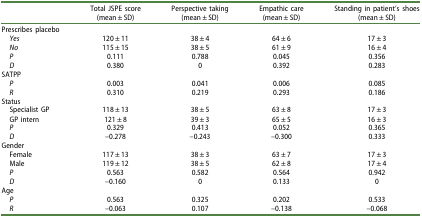
<table><thead><tr><td><b> </b></td><td><b>Total JSPE score(mean ± SD)</b></td><td><b>Perspective taking(mean ± SD)</b></td><td><b>Empathic care(mean ± SD)</b></td><td><b>Standing in patient’s shoes(mean ± SD)</b></td></tr></thead><tbody><tr><td>Prescribes placebo</td><td> </td><td> </td><td> </td><td> </td></tr><tr><td> <i>Yes</i></td><td>120 ± 11</td><td>38 ± 4</td><td>64 ± 6</td><td>17 ± 3</td></tr><tr><td> <i>No</i></td><td>115 ± 15</td><td>38 ± 5</td><td>61 ± 9</td><td>16 ± 4</td></tr><tr><td> <i>P</i></td><td>0.111</td><td>0.788</td><td>0.045</td><td>0.356</td></tr><tr><td> <i>D</i></td><td>0.380</td><td>0</td><td>0.392</td><td>0.283</td></tr><tr><td>SATPP</td><td> </td><td> </td><td> </td><td> </td></tr><tr><td> <i>P</i></td><td>0.003</td><td>0.041</td><td>0.006</td><td>0.085</td></tr><tr><td> <i>R</i></td><td>0.310</td><td>0.219</td><td>0.293</td><td>0.186</td></tr><tr><td>Status</td><td> </td><td> </td><td> </td><td> </td></tr><tr><td><i> </i>Specialist GP</td><td>118 ± 13</td><td>38 ± 5</td><td>63 ± 8</td><td>17 ± 3</td></tr><tr><td><i> </i>GP intern</td><td>121 ± 8</td><td>39 ± 3</td><td>65 ± 5</td><td>16 ± 3</td></tr><tr><td> <i>P</i></td><td>0.329</td><td>0.413</td><td>0.052</td><td>0.365</td></tr><tr><td> <i>D</i></td><td>–0.278</td><td>–0.243</td><td>–0.300</td><td>0.333</td></tr><tr><td>Gender</td><td> </td><td> </td><td> </td><td> </td></tr><tr><td><i> </i>Female</td><td>117 ± 13</td><td>38 ± 3</td><td>63 ± 7</td><td>17 ± 3</td></tr><tr><td><i> </i>Male</td><td>119 ± 12</td><td>38 ± 5</td><td>62 ± 8</td><td>17 ± 4</td></tr><tr><td> <i>P</i></td><td>0.563</td><td>0.582</td><td>0.564</td><td>0.942</td></tr><tr><td> <i>D</i></td><td>–0.160</td><td>0</td><td>0.133</td><td>0</td></tr><tr><td>Age</td><td> </td><td> </td><td> </td><td> </td></tr><tr><td> <i>P</i></td><td>0.563</td><td>0.325</td><td>0.202</td><td>0.533</td></tr><tr><td> <i>R</i></td><td>–0.063</td><td>0.107</td><td>–0.138</td><td>–0.068</td></tr></tbody></table>